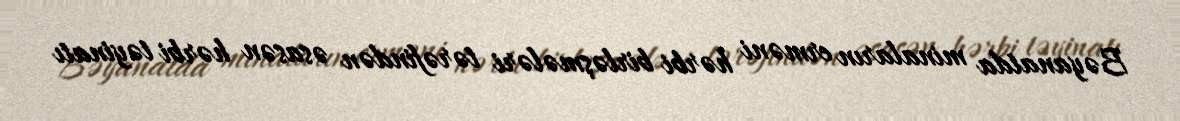
Bəyanatda minaların erməni hərbi birləşmələri tərəfindən əsasən hərbi təyinatı